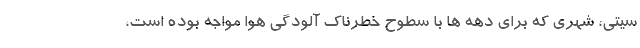
سیتی، شهری که برای دهه ها با سطوح خطرناک آلودگی هوا مواجه بوده است،